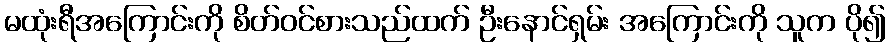
မထုံးရီအကြောင်းကို စိတ်ဝင်စားသည်ထက် ဦးနောင်ရှမ်း အကြောင်းကို သူက ပို၍